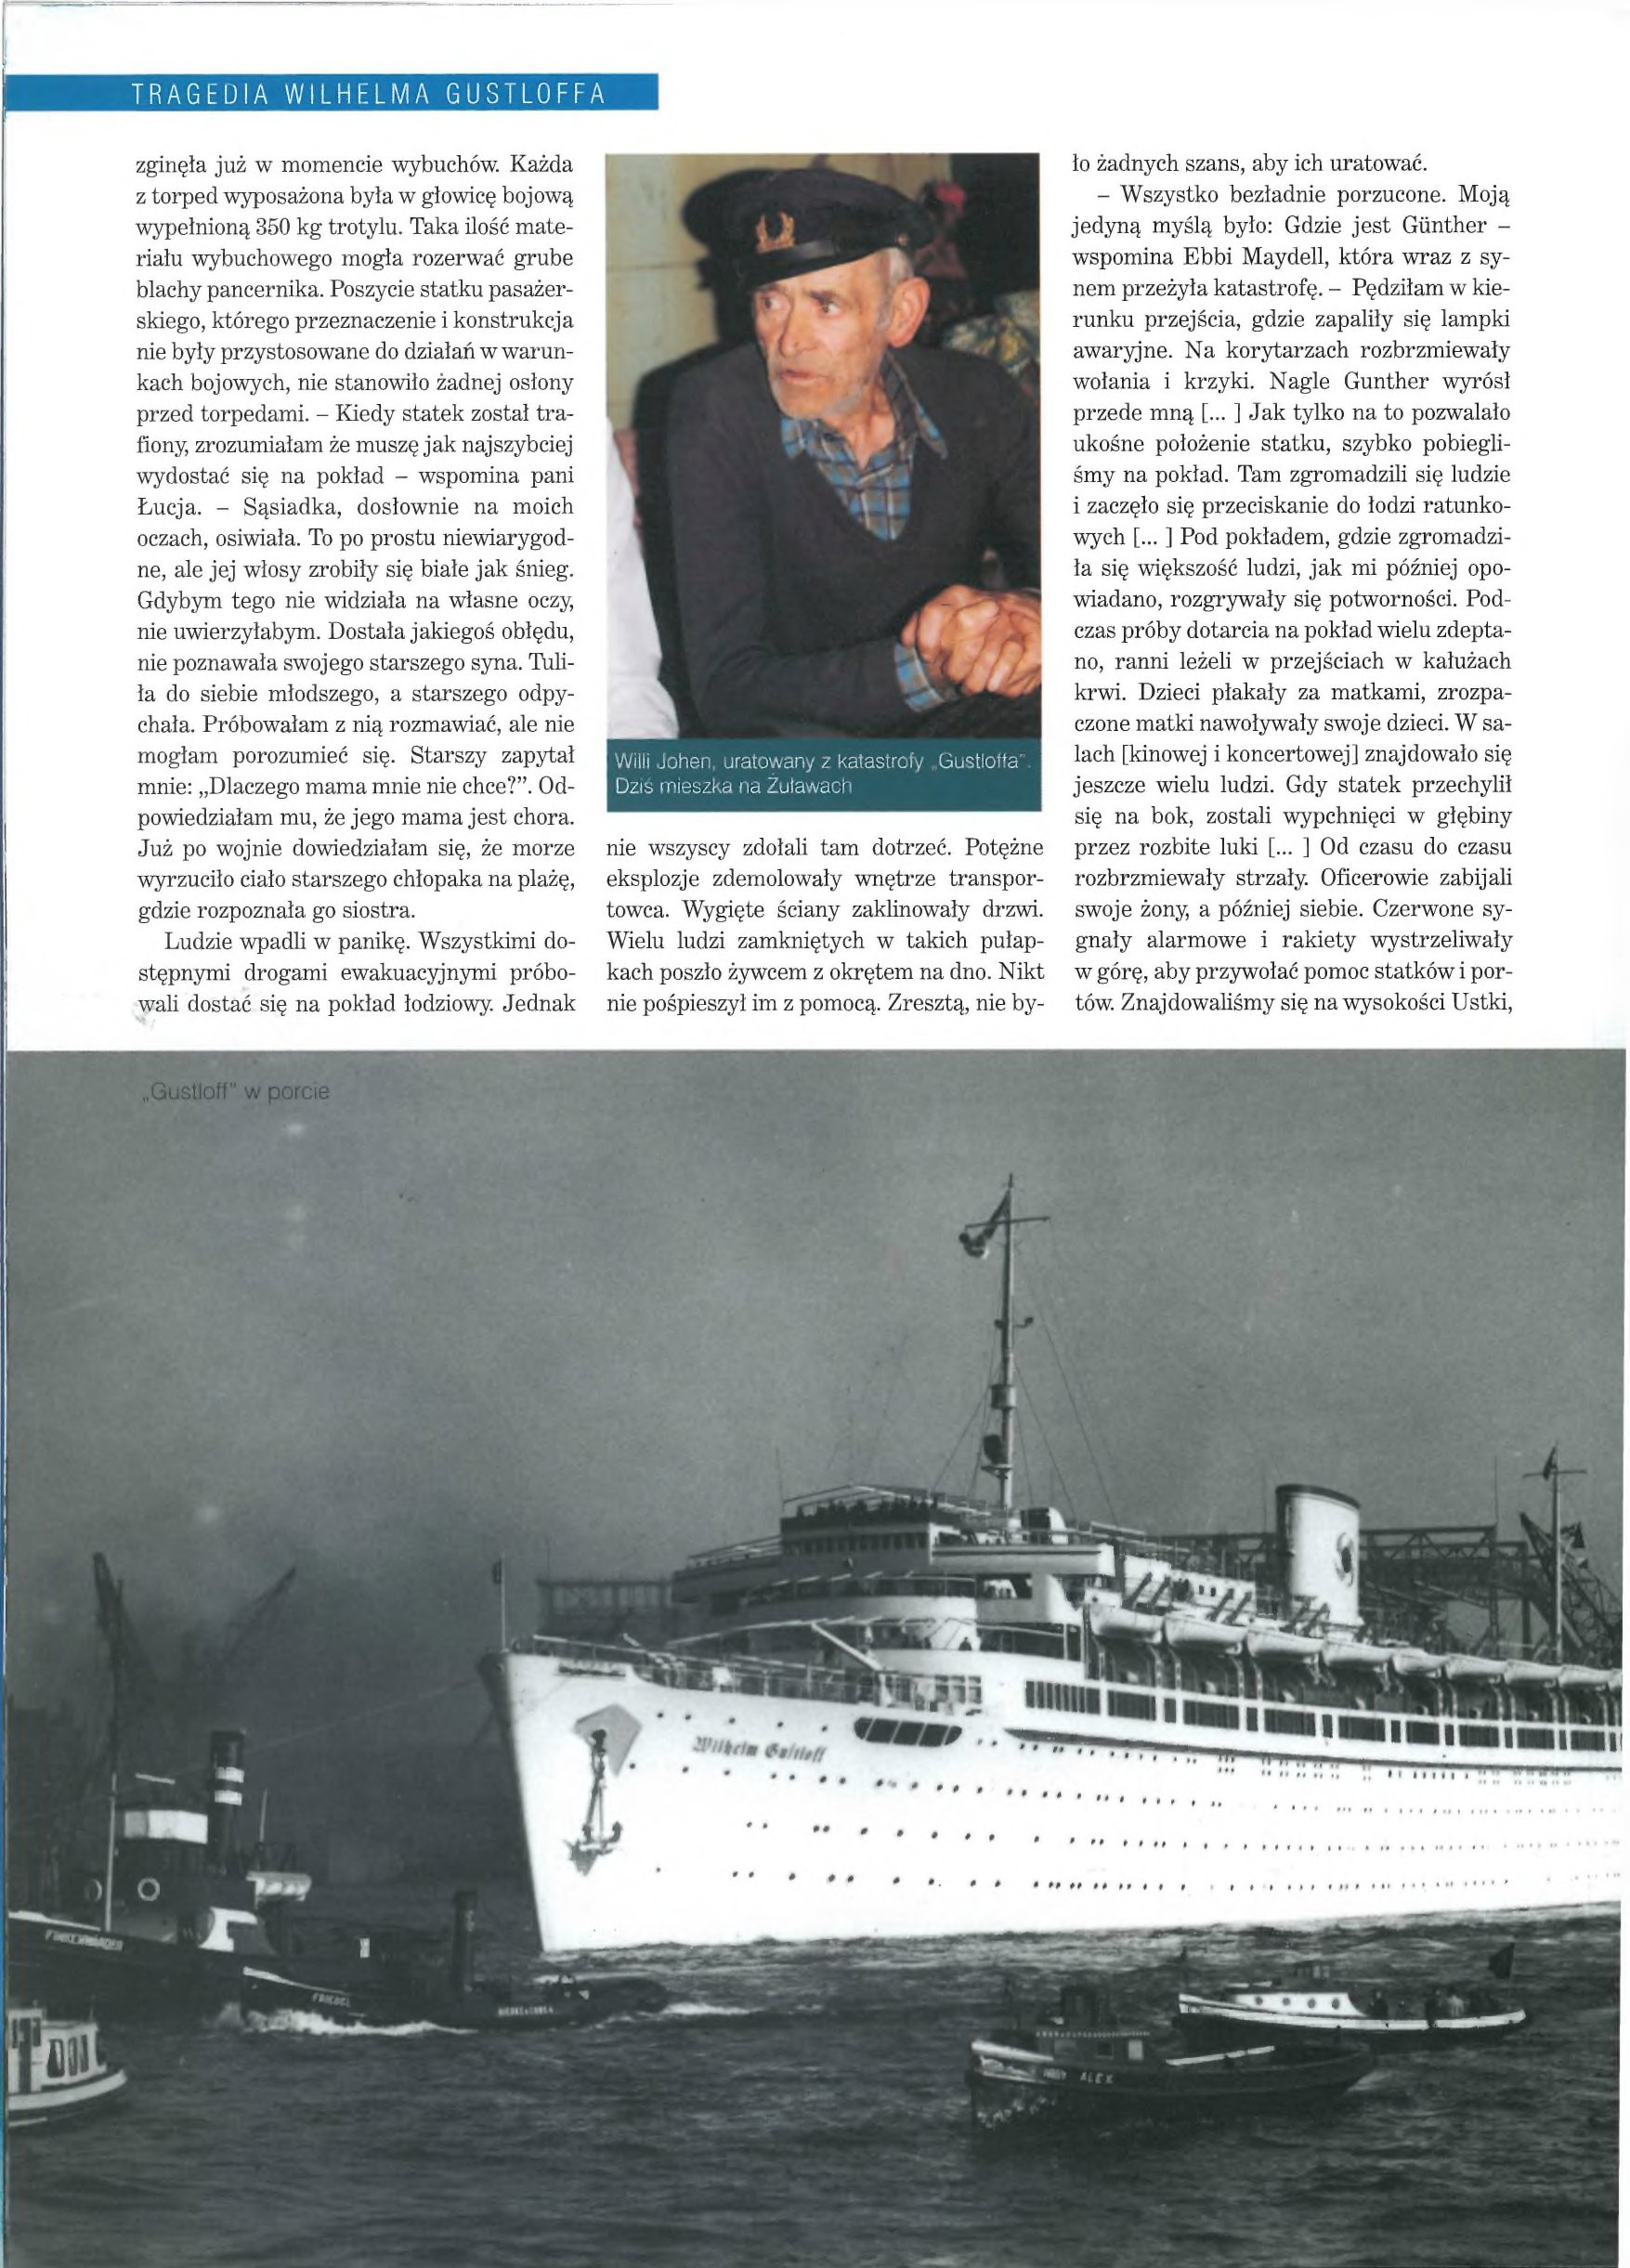
Language: pl